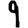
Digit: 9